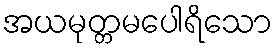
အယမုတ္တမပေါရိသော